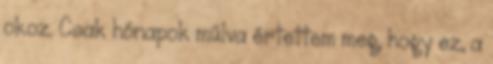
okoz. Csak hónapok múlva értettem meg, hogy ez, a